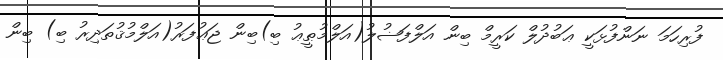
ފުރިހަމަ ނަންފުޅަކީ ޢަބުދުލް ކަރީމް ބިން އަލްފަޟުލު(އަލްމުޠީޢު ބި)ބިން ޖަޢުފަރު(އަލްމުޤުތަދިރު ބި) ބިން